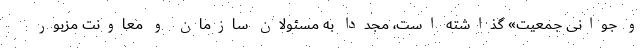
و جوانی جمعیت» گذاشته است، مجدداً به مسئولان سازمان و معاونت مزبور